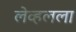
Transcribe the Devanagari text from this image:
लेव्हलला